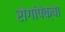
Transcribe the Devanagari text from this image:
रोगांपेक्षा